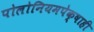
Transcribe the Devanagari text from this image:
पोलोनियमपेक्षाही